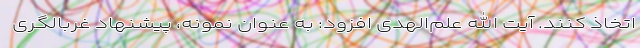
اتخاذ کنند. آیت الله علم‌الهدی افزود: به عنوان نمونه، پیشنهاد غربالگری